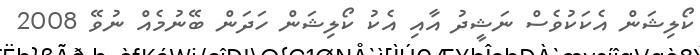
ކޯލިޝަން އެކަކުވެސް ނަޝީދު އާއި އެކު ކޯލިޝަން ހަދަން ބޭނުމެއް ނުވޭ 2008